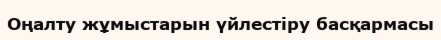
Оңалту жұмыстарын үйлестіру басқармасы